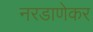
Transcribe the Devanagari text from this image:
नरडाणेकर